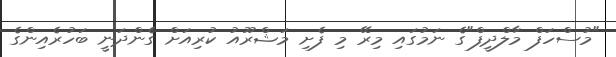
"މުސްހަފް މާލްދީފް"ގެ ނަމުގައި މިރޭ މި ފެށި މަޝްރޫއު ކުރިއަށް ގެންދަނީ ބަހުރެއިންގެ